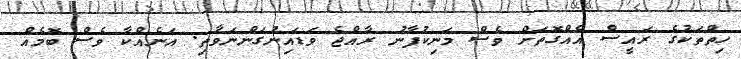
ހިތްތަކުގެ ރައީސް އެއްގޮތަށް ވެސް މަނިކުފާނު ރާއްޖެ ވަޑައިނުގަންނަވާތި. އަނެއްކާ ވެސް ބޮމެއް